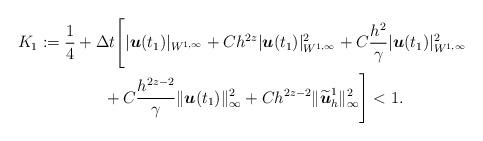
LaTeX: \begin{align*} K_1&:= \frac14+\Delta t\Bigg[ |\boldsymbol{u}(t_1)|_{W^{1,\infty}} + C h^{2z} |\boldsymbol{u}(t_1)|_{W^{1,\infty}}^2 + C\frac{h^2}{\gamma} | \boldsymbol{u}(t_1)|^2_{W^{1,\infty}}\\&\qquad\qquad+ C \frac{h^{2z-2}}{\gamma}\|\boldsymbol{u}(t_1)\|_{\infty}^2 + C h^{2z-2}\|\widetilde{\boldsymbol{u}}_h^1\|_{\infty}^2\Bigg]<1.\end{align*}